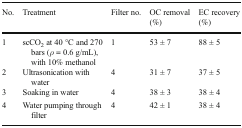
<table><thead><tr><td><b>No.</b></td><td><b>Treatment</b></td><td><b>Filter no.</b></td><td><b>OC removal (%)</b></td><td><b>EC recovery (%)</b></td></tr></thead><tbody><tr><td>1</td><td>scCO<sub>2</sub> at 40 °C and 270 bars (<i>ρ</i> = 0.6 g/mL), with 10% methanol</td><td>1</td><td>53 ± 7</td><td>88 ± 5</td></tr><tr><td>2</td><td>Ultrasonication with water</td><td>4</td><td>31 ± 7</td><td>37 ± 5</td></tr><tr><td>3</td><td>Soaking in water</td><td>4</td><td>38 ± 3</td><td>38 ± 4</td></tr><tr><td>4</td><td>Water pumping through filter</td><td>4</td><td>42 ± 1</td><td>38 ± 4</td></tr></tbody></table>